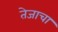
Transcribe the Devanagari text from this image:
तेजाचा